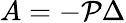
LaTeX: A=-\mathcal{P}\Delta